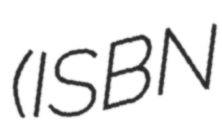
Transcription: (ISBN